Kambja_algkool, lk 49
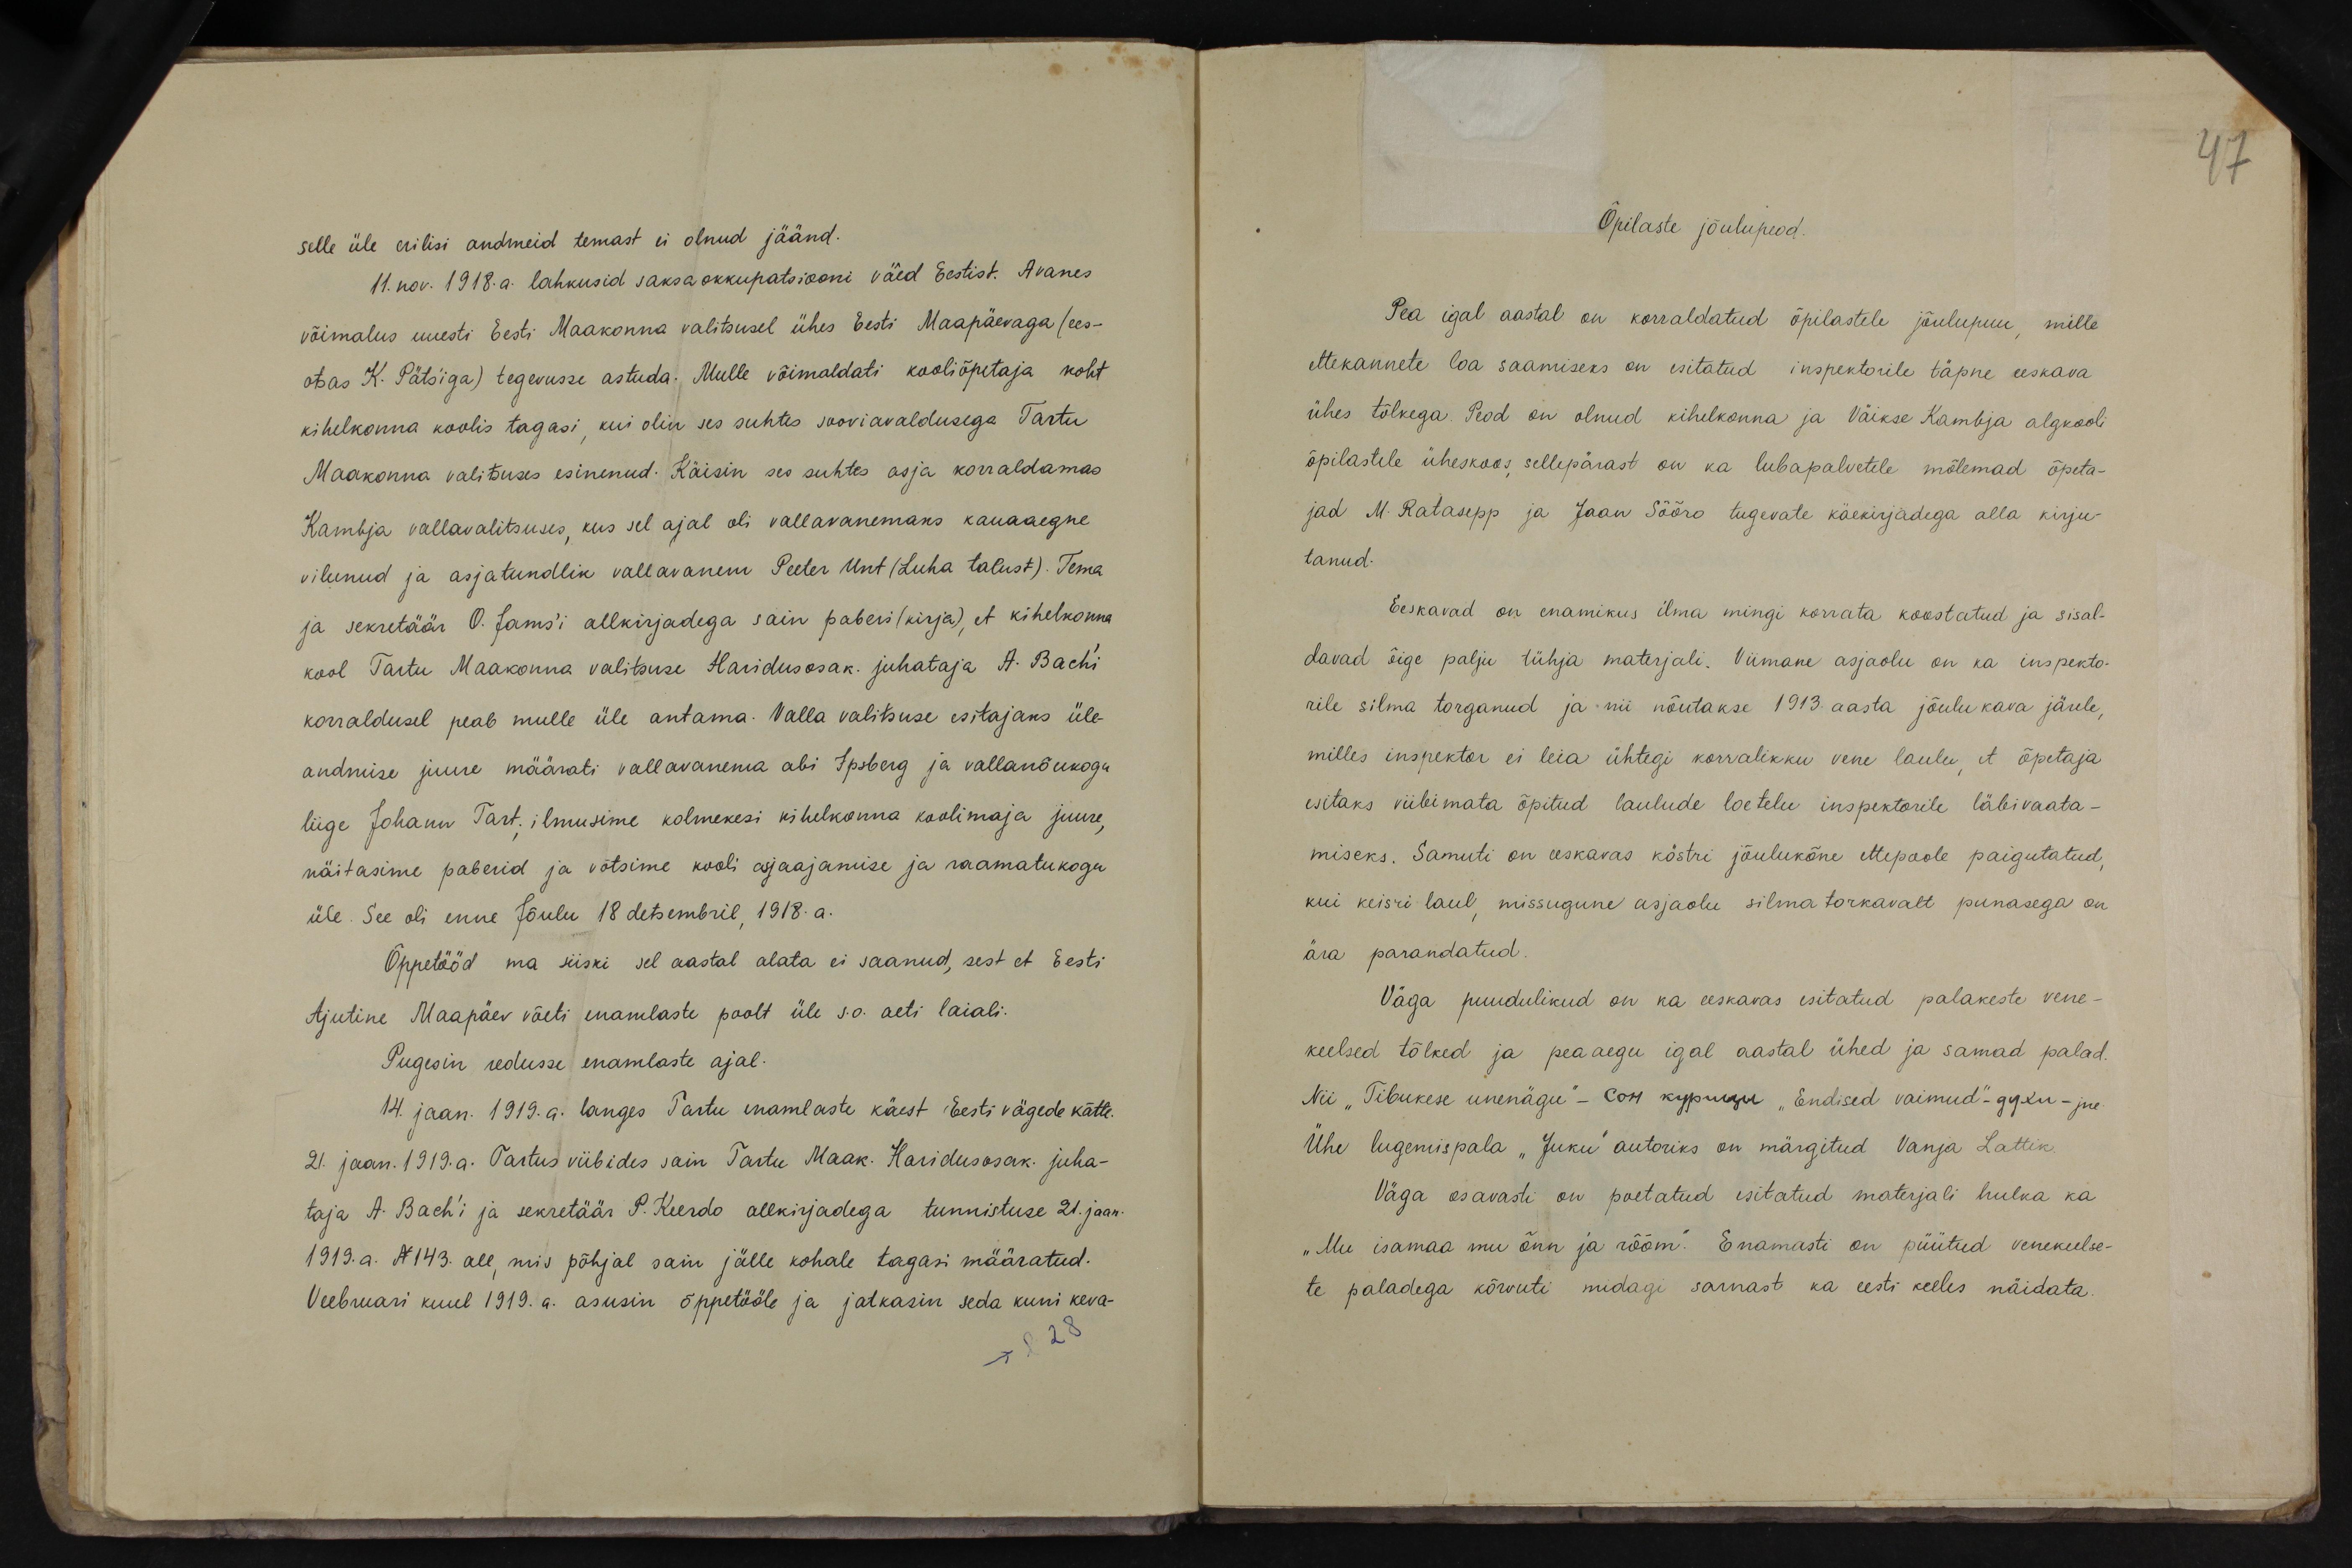
47

selle üle erilisi andmeid temast ei olnud jäänd.
11. nov. 1918. a. lahkusid saksa okkupatsiooni väed Eestist. Avanes
võimalus uuesti Eesti Maakonna valitsusel ühes Eestis Maapäevaga (ees-
otsas K. Päts`iga) tegevusse astuda. Mulle võimaldati kooliõpetaja koht
kihelkonna koolis tagasi, kui olin ses suhtes sooviavaldusega Tartu
Maakonna valitsuses esinenud. Käisin ses suhtes asja korraldamas
Kambja vallavalitsuses, kus sel ajal oli vallavanemaks kauaaegne.
vilunud ja asjatundlik vallavanem Peeter Unt (Luha talust). Tema
ja sekretäär O. Jams'i allkirjadega sain paberi (kirja), et kihelkonna
kool Tartu Maakonna valitsuse Haridusosak. juhataja A. Bach`i
korraldusel peab mulle üle antama. Valla valitsuse esitajaks üle-
andmise juure määrati vallavanema abi Ipsberg ja vallanõukogu
liige Johann Tart. ilmusime kolmekesi kihelkonna koolimaja juure,
näitasime paberid ja võtsime kooli asjaajamise ja raamatukogu
üle. See oli enne Jõulu 18 detsembril 1918. a.
Õppetööd ma siiski sel aastal alata ei saanud, sest et Eesti
Ajutine Maapäev võeti enamlaste poolt üle s.o. aeti laiali.
Pugesin redusse enamlaste ajal.
14. jaan. 1919. a. langes Tartu enamlaste käest Eesti vägede kätte.
21. jaan. 1919.a. Tartus viibides sain Tartu Maak. Haridusosak. juha-
taja A. Bach'i ja sekretäär P. Keerdo allkirjadega tunnistuse 21. jaan.
1919. a. No 143. all, mis põhjal sain jälle kohale tagasi määratud.
Veebruari kuul 1919.a. asusin õppetööle ja jatkasin seda kuni keva-
-> l 18.

Õpilaste jõulupeod.
Pea igal aastal on korraldatud õpilastele jõulupuu, mille
ettekannete loa saamiseks on esitatud inspektorile täpne eeskava
ühes tõlkega. Peod on olnud kihelkonna ja Väikse Kambja algkooli
õpilastele üheskoos sellepärast on ka lubapalvetele mõlemad õpeta-
jad M. Ratasepp ja Jaan Sõõro tugevate käekirjadega alla kirju-
tanud.
Eeskavad on enamikus ilma mingi korrata koostatud ja sisal-
davad õige palju tühja materjali. Viimane asjaolu on ka inspekto-
rile silma torganud ja nii nõutakse 1913. aasta jõulu kava järele,
milles inspektor ei leia ühtegi korralikku vene laulu, et õpetaja
esitaks viibimata õpitud laulude loetelu inspektorile läbivaata-
miseks. Samuti on eeskavas köstri jõulukõne ettepoole paigutatud,
kui keisri laul, missugune asjaolu silma torkavalt punasega on
ära parandatud.
Väga puudulikud on ka eeskavas esitatud palakeste vene-
keelsed tõlked ja peaaegu igal aastal ühed ja samad palad.
Nii "Tibukese unenägu" - Carl kippuegu "Endised vaimud"ggku- ja
Ühe lugemispala "Juku" autoriks on märgitud Vanja Lattik.
Väga osavasti on poetatud esitatud materjali hulka ka
"Mu isamaa mu õnn ja rõõm." Enamasti on püütud venekeelse-
te paladega kõrvuti midagi sarnast ka eesti keeles näidata.